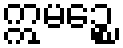
ဣမဉ္စေ